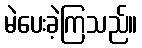
မဲပေးခဲ့ကြသည်။